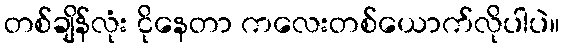
တစ်ချိန်လုံး ငိုနေတာ ကလေးတစ်ယောက်လိုပါပဲ။